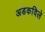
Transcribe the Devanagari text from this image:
अडकविले